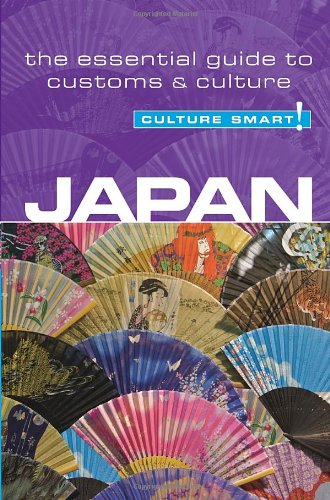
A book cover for Japan - Culture Smart!: The Essential Guide to Customs & Culture; Paul Norbury; Business & Money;